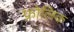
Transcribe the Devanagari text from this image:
फ्रोलिक